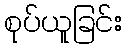
စုပ်ယူခြင်း